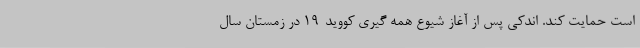
است حمایت کند. اندکی پس از آغاز شیوع همه گیری کووید-۱۹ در زمستان سال